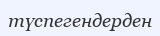
түспегендерден